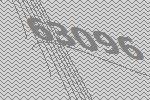
63096